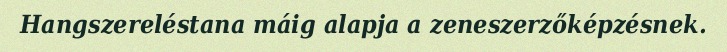
Hangszereléstana máig alapja a zeneszerzőképzésnek.